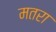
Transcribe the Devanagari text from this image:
मतरा